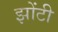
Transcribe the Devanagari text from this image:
झोंटी